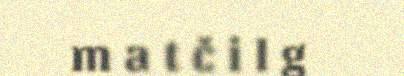
m a t č i l g